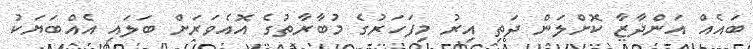
ބައެއް އަންދާޒާ ކޮށްލަން ދަތި އިރު މިފަހަރުގެ މުބާރާތުގެ އޮއެވަރަށް ބަލައި އެއްބަޔަކު